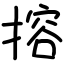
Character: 搈